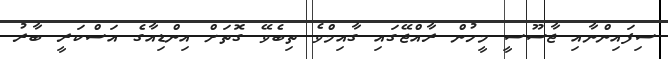
ސިފައިންނާއި ޖާސޫސީ މީހުން ރާއްޖޭގައި ގާއިމްވެ ތިބެވޭ ގޮތަށް އިންޑިއާގެ އަސްކަރީ ބާރު